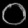
Digit: ၀